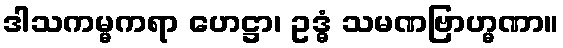
ဒါသကမ္မကရာ ဟေဋ္ဌာ၊ ဥဒ္ဓံ သမဏဗြာဟ္မဏာ။